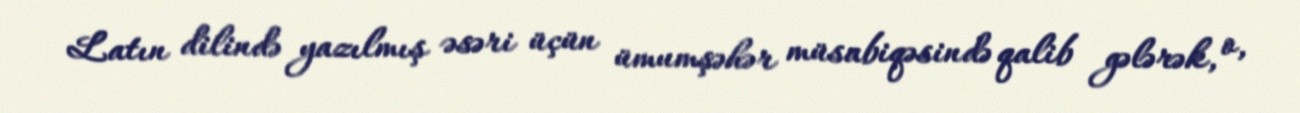
Latın dilində yazılmış əsəri üçün ümumşəhər müsabiqəsində qalib gələrək, o,